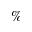
\%